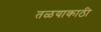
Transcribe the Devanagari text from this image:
तळयाकाठी